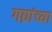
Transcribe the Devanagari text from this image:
गद्य्रांच्या